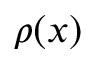
\rho ( x )